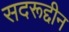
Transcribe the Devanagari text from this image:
सदरूद्दीन